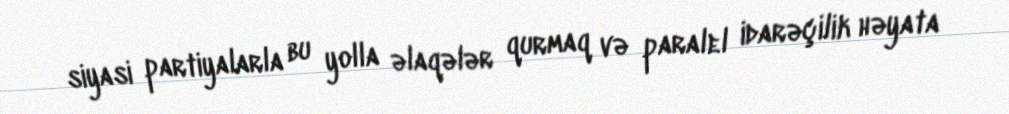
siyasi partiyalarla bu yolla əlaqələr qurmaq və paralel idarəçilik həyata